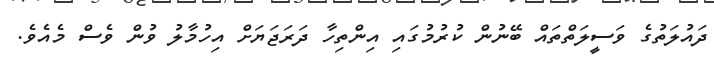
ދައުލަތުގެ ވަސީލަތްތައް ބޭނުން ކުރުމުގައި އިންތިހާ ދަރަޖަޔަށް އިހުމާލު ވުން ވެސް މެއެވެ.